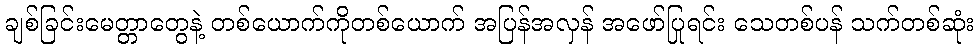
ချစ်ခြင်းမေတ္တာတွေနဲ့ တစ်ယောက်ကိုတစ်ယောက် အပြန်အလှန် အဖော်ပြုရင်း သေတစ်ပန် သက်တစ်ဆုံး